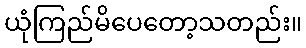
ယုံကြည်မိပေတော့သတည်း။